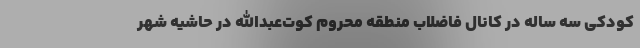
کودکی سه ساله در کانال فاضلاب منطقه محروم کوت‌عبدالله در حاشیه شهر